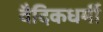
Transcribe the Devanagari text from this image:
वैदिकधर्मी